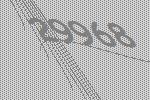
29968